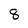
Character: 8